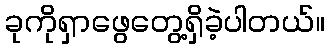
ခုကိုရှာဖွေတွေ့ရှိခဲ့ပါတယ်။